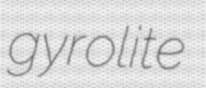
gyrolite